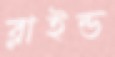
ব্লাইন্ড